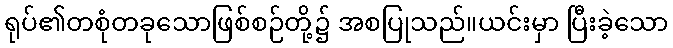
ရုပ်၏တစုံတခုသောဖြစ်စဉ်တို့၌ အစပြုသည်။ယင်းမှာ ပြီးခဲ့သော